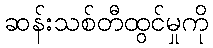
ဆန်းသစ်တီထွင်မှုကို